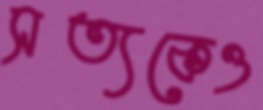
সত্যকেও